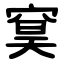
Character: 䆨